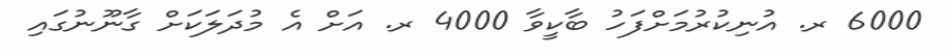
6000 ރ. އުނިކުރުމަށްފަހު ބާކީވާ 4000 ރ. އަށް އެ މުދަލަކަށް ގާނޫނުގައި